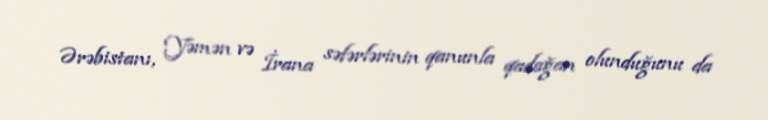
Ərəbistanı, Yəmən və İrana səfərlərinin qanunla qadağan olunduğunu da